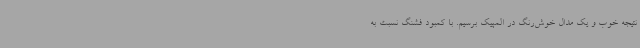
نتیجه خوب و یک مدال خوش‌رنگ در المپیک برسیم. با کمبود فشنگ نسبت به